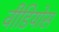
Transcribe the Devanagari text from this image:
वीडियोस